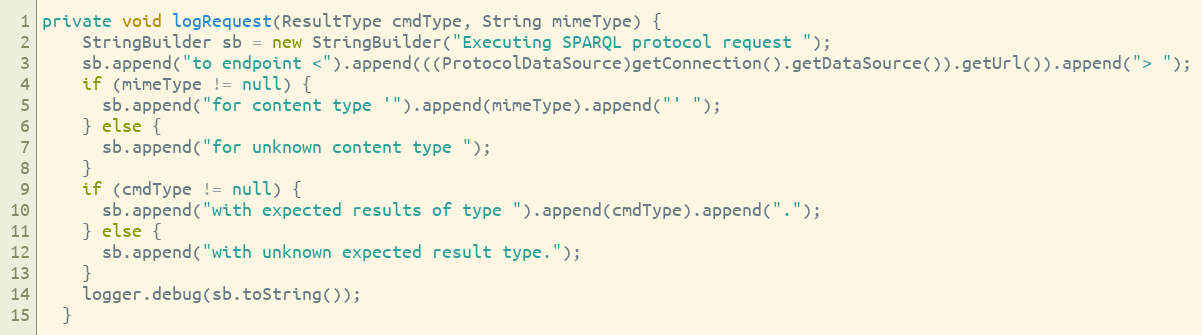
Language: Java
private void logRequest(ResultType cmdType, String mimeType) {
    StringBuilder sb = new StringBuilder("Executing SPARQL protocol request ");
    sb.append("to endpoint <").append(((ProtocolDataSource)getConnection().getDataSource()).getUrl()).append("> ");
    if (mimeType != null) {
      sb.append("for content type '").append(mimeType).append("' ");
    } else {
      sb.append("for unknown content type ");
    }
    if (cmdType != null) {
      sb.append("with expected results of type ").append(cmdType).append(".");
    } else {
      sb.append("with unknown expected result type.");
    }
    logger.debug(sb.toString());
  }